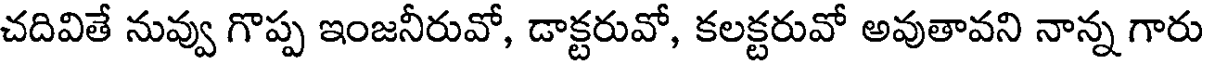
చదివితే నువ్వు గొప్ప ఇంజనీరువో, డాక్టరువో, కలక్టరువో అవుతావని నాన్న గారు